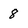
Character: 8